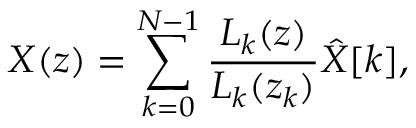
X ( z ) = \sum _ { k = 0 } ^ { N - 1 } { \frac { L _ { k } ( z ) } { L _ { k } ( z _ { k } ) } } { \hat { X } } [ k ] ,